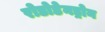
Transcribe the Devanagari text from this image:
रोडोडेनड्रोन